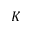
K